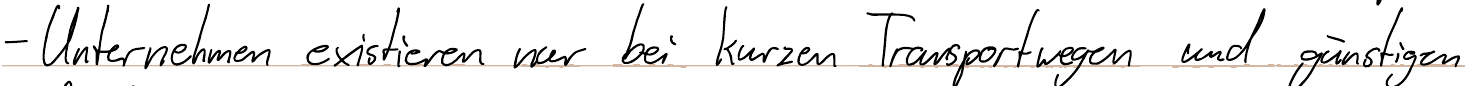
- Unternehmen existieren nur bei kurzen Transportwegen und günstigen